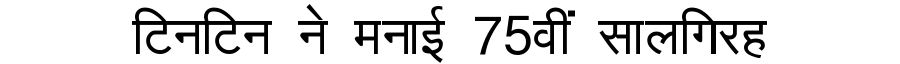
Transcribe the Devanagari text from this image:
टिनटिन ने मनाई 75वीं सालगिरह